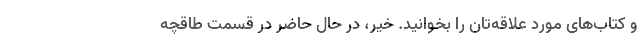
و کتاب‌های مورد علاقه‌تان را بخوانید. خیر، در حال حاضر در قسمت طاقچه